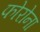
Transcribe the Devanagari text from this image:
फोरोना